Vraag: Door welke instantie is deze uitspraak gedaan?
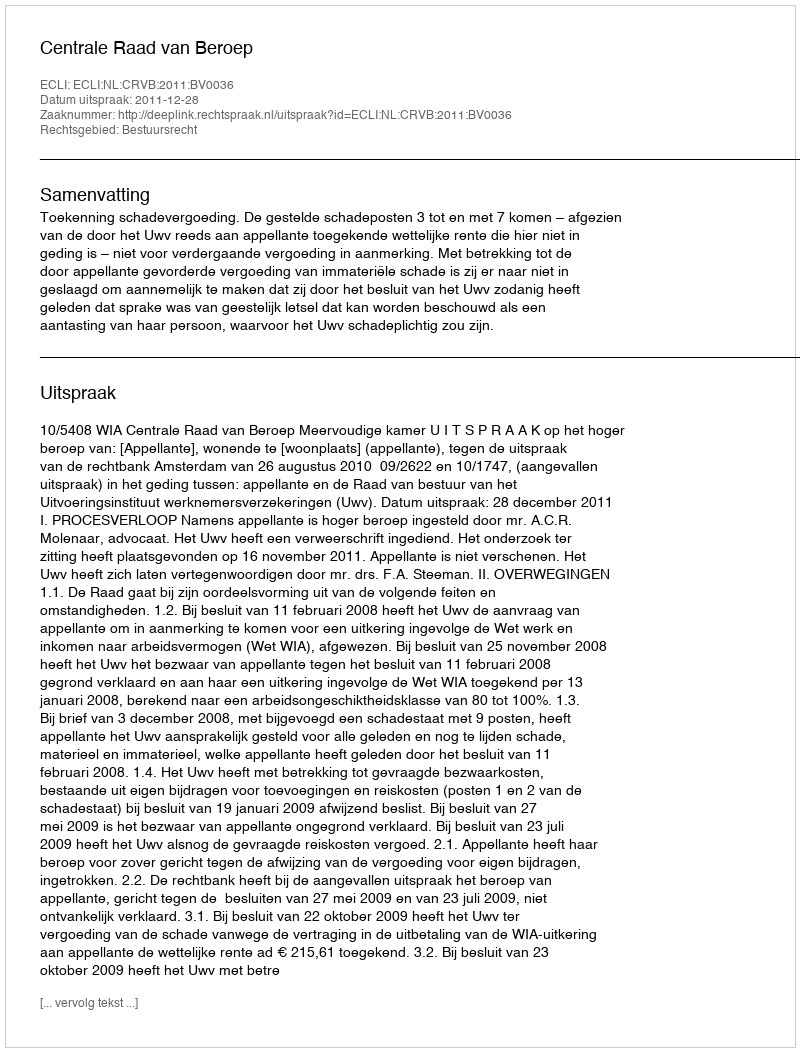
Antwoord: Centrale Raad van Beroep